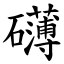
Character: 礡